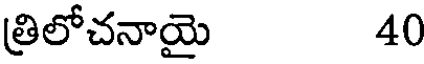
త్రిలోచనాయై 40